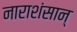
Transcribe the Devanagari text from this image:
नाराशंसान्